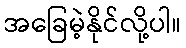
အခြေမဲ့နိုင်လို့ပါ။